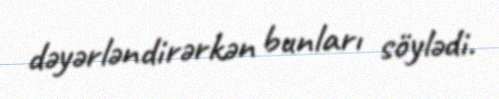
dəyərləndirərkən bunları söylədi.